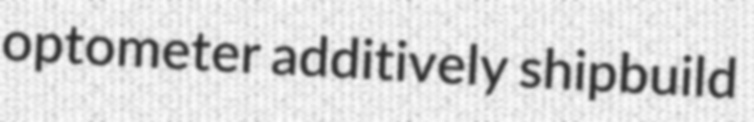
optometer additively shipbuild